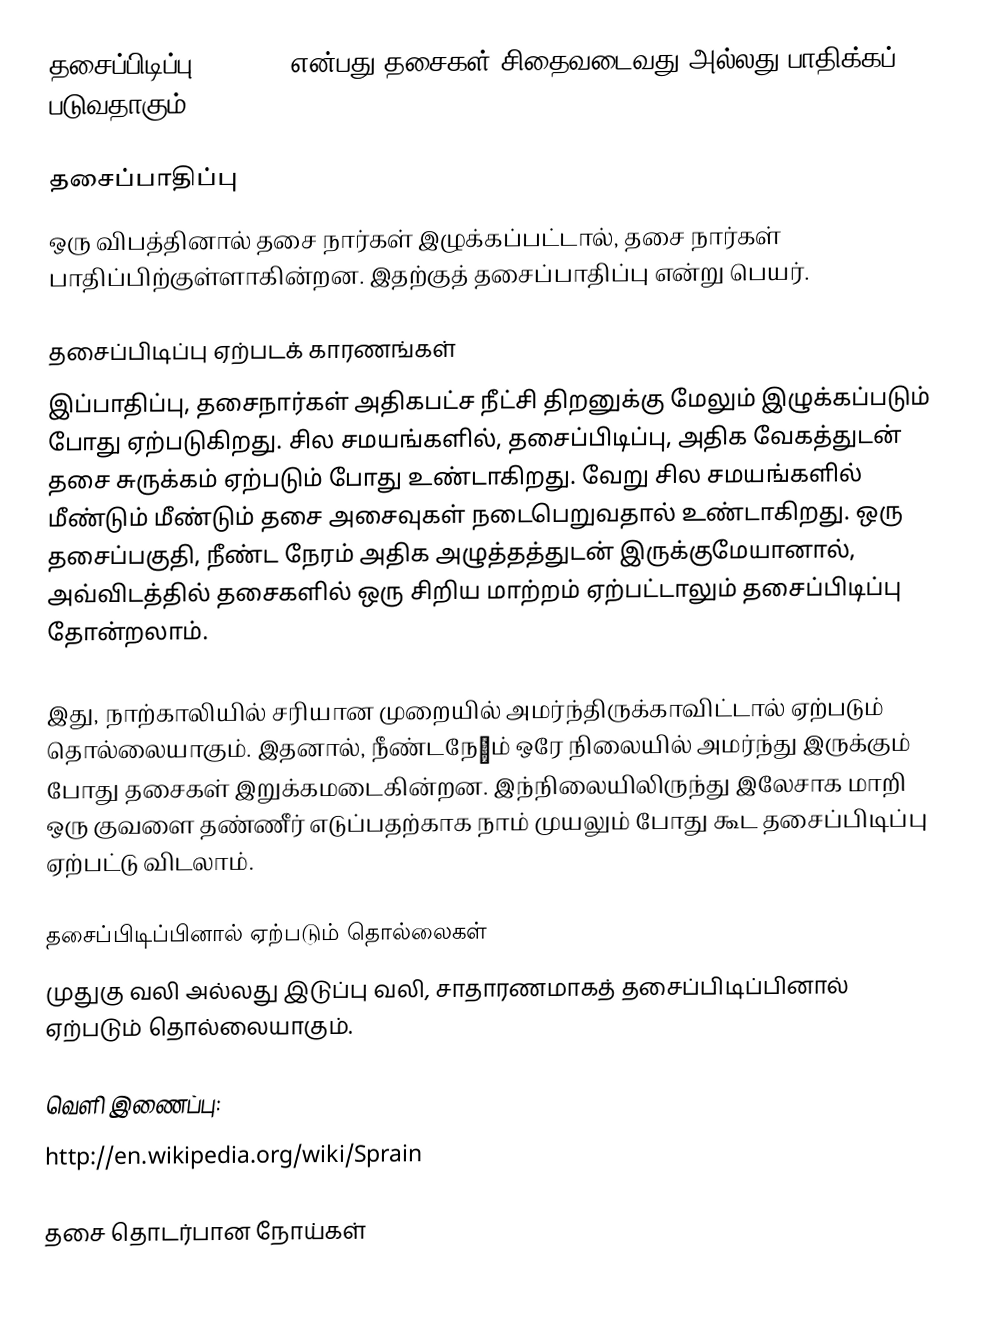
தசைப்பிடிப்பு (Sprain) என்பது தசைகள் சிதைவடைவது அல்லது பாதிக்கப் படுவதாகும்.

தசைப்பாதிப்பு
ஒரு விபத்தினால் தசை நார்கள் இழுக்கப்பட்டால், தசை நார்கள் பாதிப்பிற்குள்ளாகின்றன. இதற்குத் தசைப்பாதிப்பு என்று பெயர்.

தசைப்பிடிப்பு ஏற்படக் காரணங்கள்
இப்பாதிப்பு, தசைநார்கள் அதிகபட்ச நீட்சி திறனுக்கு மேலும் இழுக்கப்படும் போது ஏற்படுகிறது. சில சமயங்களில், தசைப்பிடிப்பு, அதிக வேகத்துடன் தசை சுருக்கம் ஏற்படும் போது உண்டாகிறது. வேறு சில சமயங்களில் மீண்டும் மீண்டும் தசை அசைவுகள் நடைபெறுவதால் உண்டாகிறது. ஒரு தசைப்பகுதி, நீண்ட நேரம் அதிக அழுத்தத்துடன் இருக்குமேயானால், அவ்விடத்தில் தசைகளில் ஒரு சிறிய மாற்றம் ஏற்பட்டாலும் தசைப்பிடிப்பு தோன்றலாம்.

இது, நாற்காலியில் சரியான முறையில் அமர்ந்திருக்காவிட்டால் ஏற்படும் தொல்லையாகும். இதனால், நீண்டநேμம் ஒரே நிலையில் அமர்ந்து இருக்கும் போது தசைகள் இறுக்கமடைகின்றன. இந்நிலையிலிருந்து இலேசாக மாறி ஒரு குவளை தண்ணீர் எடுப்பதற்காக நாம் முயலும் போது கூட தசைப்பிடிப்பு ஏற்பட்டு விடலாம்.

தசைப்பிடிப்பினால் ஏற்படும் தொல்லைகள்
முதுகு வலி அல்லது இடுப்பு வலி, சாதாரணமாகத் தசைப்பிடிப்பினால் ஏற்படும் தொல்லையாகும்.

வெளி இணைப்பு:
http://en.wikipedia.org/wiki/Sprain

தசை தொடர்பான நோய்கள்